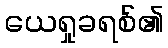
ယေရှုခရစ်၏